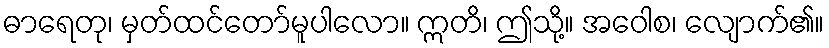
ဓာရေတု၊ မှတ်ထင်တော်မူပါလော။ ဣတိ၊ ဤသို့။ အဝေါစ၊ လျောက်၏။